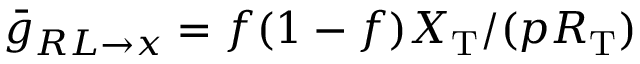
\bar { g } _ { R L \to x } = f ( 1 - f ) X _ { \mathrm { T } } / ( p R _ { \mathrm { T } } )